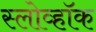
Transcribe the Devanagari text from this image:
स्लोव्हॉक